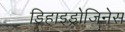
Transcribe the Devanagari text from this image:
डिहाइड्रोजिनेस